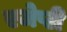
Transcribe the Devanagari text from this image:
एजेप्टी